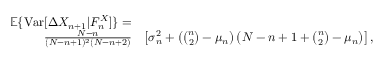
\begin{array} { r l r } { { \mathbb E } \{ \mathrm { V a r } [ \Delta X _ { n + 1 } | { \cal F } _ { n } ^ { X } ] \} = } \\ { \frac { N - n } { ( N - n + 1 ) ^ { 2 } ( N - n + 2 ) } } & { } & { \! \! \! \! \! \! \left[ \sigma _ { n } ^ { 2 } + \left( { \binom { n } { 2 } } - \mu _ { n } \right) \left( N - n + 1 + { \binom { n } { 2 } } - \mu _ { n } \right) \right] , } \end{array}